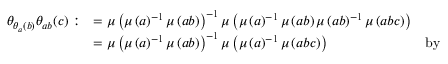
\begin{array} { r l r } { \theta _ { \theta _ { a } ( b ) } \theta _ { a b } ( c ) : } & { = \mu \left( \mu \left( a \right) ^ { - 1 } \mu \left( a b \right) \right) ^ { - 1 } \mu \left( \mu \left( a \right) ^ { - 1 } \mu \left( a b \right) \mu \left( a b \right) ^ { - 1 } \mu \left( a b c \right) \right) } \\ & { = \mu \left( \mu \left( a \right) ^ { - 1 } \mu \left( a b \right) \right) ^ { - 1 } \mu \left( \mu \left( a \right) ^ { - 1 } \mu \left( a b c \right) \right) } & { \mathrm { b y ~ } } \end{array}